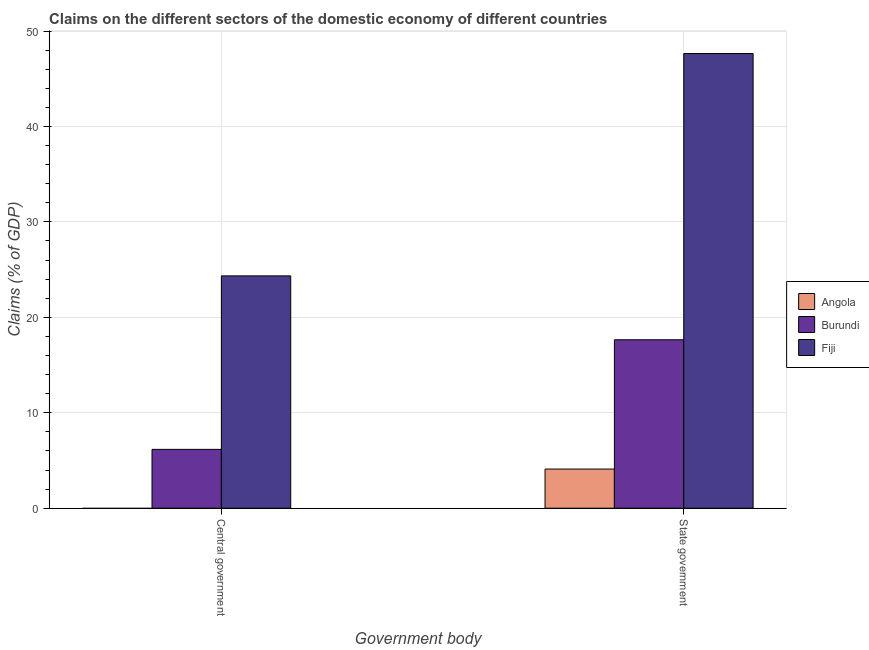
| Government body | Angola | Burundi | Fiji |
 | --- | --- | --- | --- |
 | Central government | -4.42 | 6.16 | 24.3 |
 | State government | 4.1 | 17.6 | 47.6 |